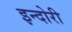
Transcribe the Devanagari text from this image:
इन्दोरी